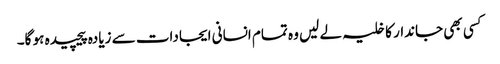
کسی بھی جاندار کا خلیہ لے لیں وہ تمام انسانی ایجادات سے زیادہ پیچیدہ ہو گا۔